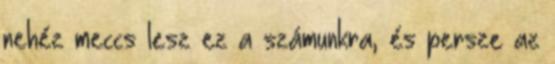
nehéz meccs lesz ez a számunkra, és persze az